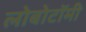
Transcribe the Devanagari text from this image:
लोबोटॉमी